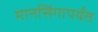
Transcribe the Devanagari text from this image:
मानसिंगापर्यंत